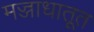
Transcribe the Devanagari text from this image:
मज्जाधातूत